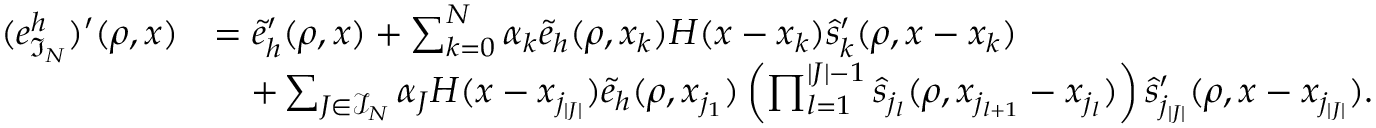
\begin{array} { r l } { ( e _ { \mathfrak { I } _ { N } } ^ { h } ) ^ { \prime } ( \rho , x ) } & { = \widetilde { e } _ { h } ^ { \prime } ( \rho , x ) + \sum _ { k = 0 } ^ { N } \alpha _ { k } \widetilde { e } _ { h } ( \rho , x _ { k } ) H ( x - x _ { k } ) \widehat { s } _ { k } ^ { \prime } ( \rho , x - x _ { k } ) } \\ & { \quad + \sum _ { J \in \mathcal { I } _ { N } } \alpha _ { J } H ( x - x _ { j _ { | J | } } ) \widetilde { e } _ { h } ( \rho , x _ { j _ { 1 } } ) \left( \prod _ { l = 1 } ^ { | J | - 1 } \widehat { s } _ { j _ { l } } ( \rho , x _ { j _ { l + 1 } } - x _ { j _ { l } } ) \right) \widehat { s } _ { j _ { | J | } } ^ { \prime } ( \rho , x - x _ { j _ { | J | } } ) . } \end{array}